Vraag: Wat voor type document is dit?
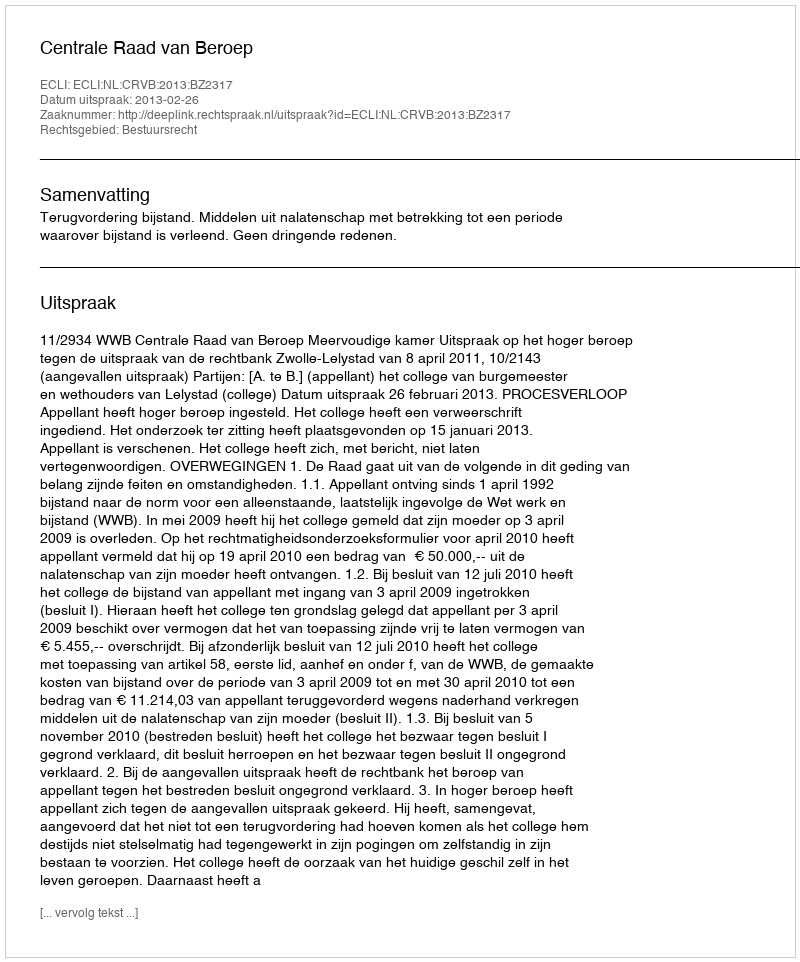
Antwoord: Uitspraak